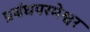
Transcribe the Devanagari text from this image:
प्रबंधपरमेश्वर